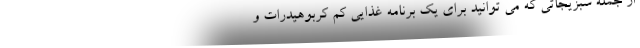
از جمله سبزیجاتی که می توانید برای یک برنامه غذایی کم کربوهیدرات و